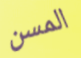
المسن